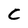
Character: C